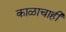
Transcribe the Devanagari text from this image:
काळाचाही